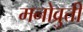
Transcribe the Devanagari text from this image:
मनोव्रुत्ती